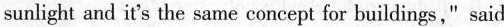
sunlight and it’s the same concept for buildings," said